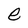
Character: e